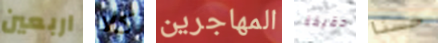
اربعين كلا المهاجرين حقيقة حسنا